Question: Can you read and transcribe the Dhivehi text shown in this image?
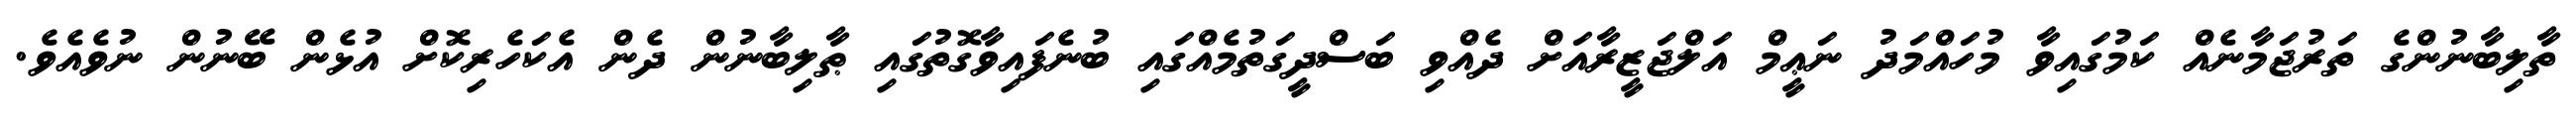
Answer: ތާލިބާނުންގެ ތަރުޖަމާނެއް ކަމުގައިވާ މުހައްމަދު ނަޢީމް އަލްޖަޒީރާއަށް ދެއްވި ބަސްދީގަތުމެއްގައި ބުނެފައިވާގޮތުގައި ޠާލިބާނުން ދެން އެކަހެރިކޮށް އުޅެން ބޭނުން ނުވެއެވެ.